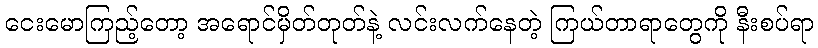
ငေးမောကြည့်တော့ အရောင်မှိတ်တုတ်နဲ့ လင်းလက်နေတဲ့ ကြယ်တာရာတွေကို နီးစပ်ရာ